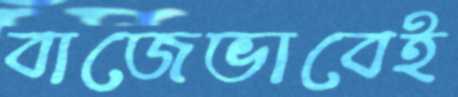
বাজেভাবেই